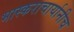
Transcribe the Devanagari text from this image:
भास्कराचार्यानीच